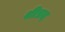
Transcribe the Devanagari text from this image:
श्रीप्रद